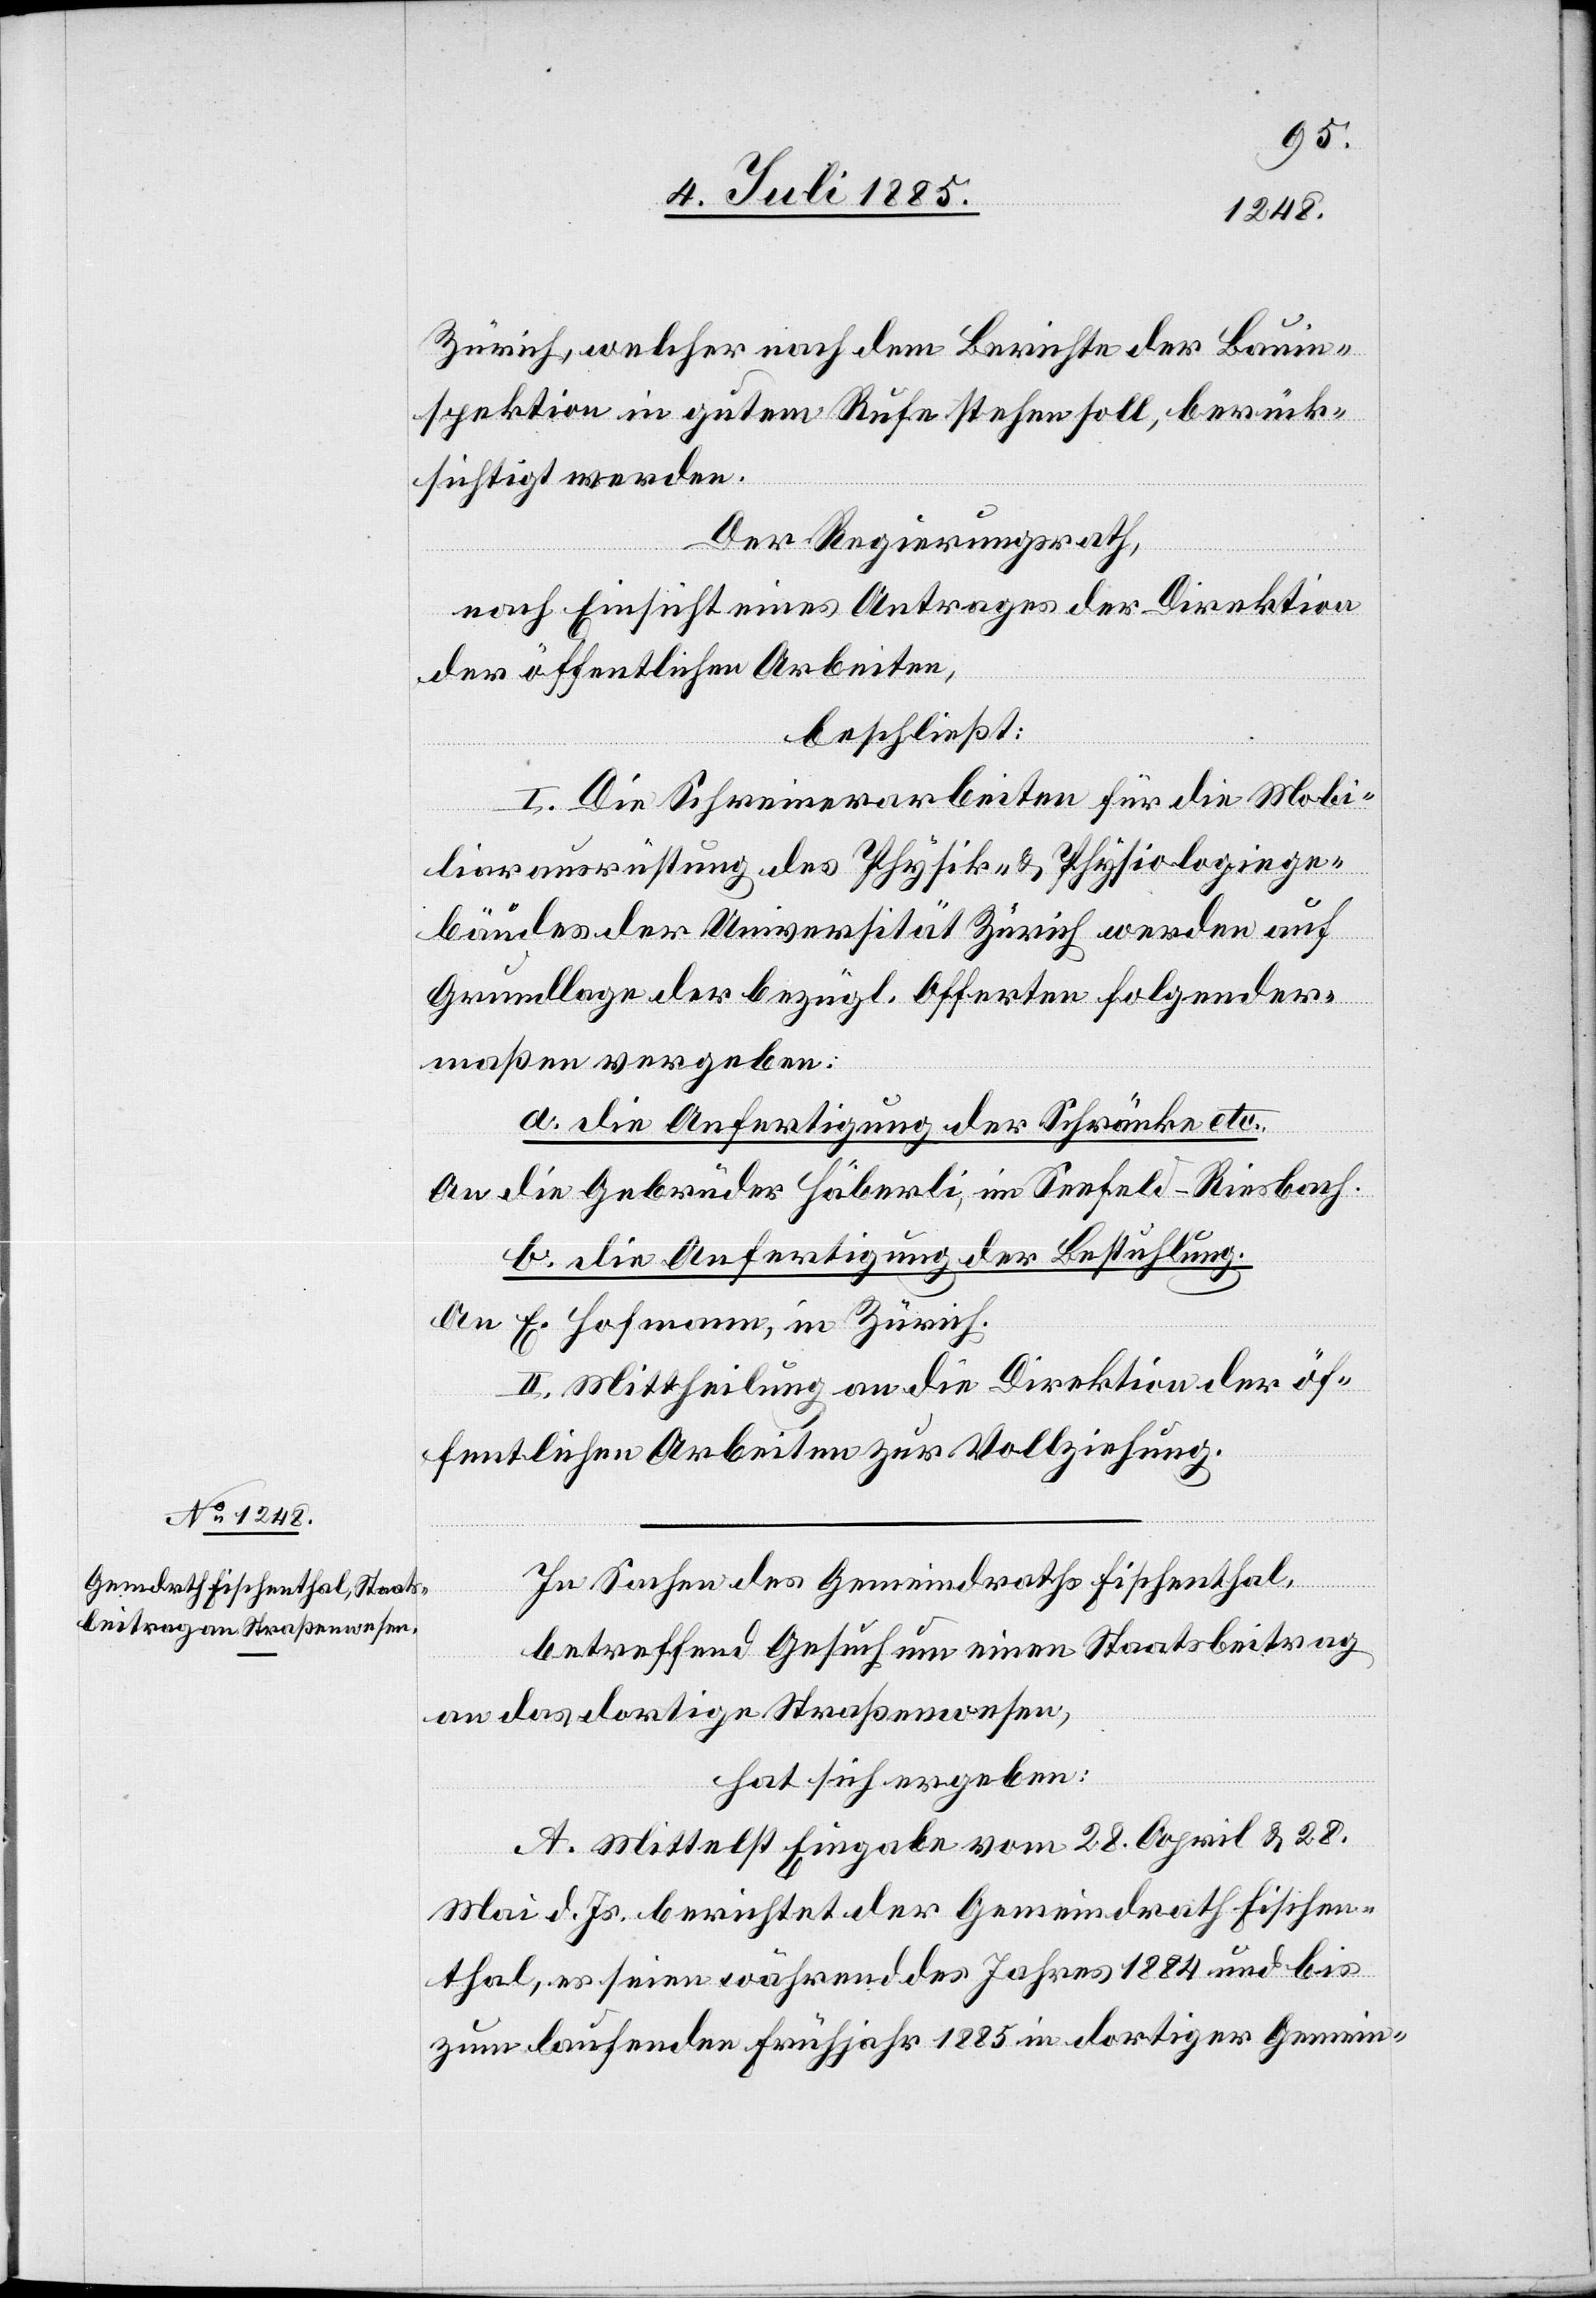
Zürich, welcher nach dem Berichte der Bauin¬
spektion in gutem Rufe stehen soll, berück¬
sichtigt werden.
Der Regierungsrath,
nach Einsicht eines Antrages der Direktion
der öffentlichen Arbeiten,
beschließt:
I. Die Schreinerarbeiten für die Mobi¬
liarausrüstung des Physik- & Physiologiege¬
bäudes der Universität Zürich werden auf
Grundlage der bezügl. Offerten folgender¬
maßen vergeben:
a. die Anfertigung der Schränke etc.
An die Gebrüder Häberli, im Seefeld - Riesbach.
b. die Ausfertigung der Bestuhlung.
An E. Hofmann, in Zürich.
II. Mittheilung an die Direktion der öf¬
fentlichen Arbeiten zur Vollziehung.
In Sachen des Gemeindraths Fischenthal,
betreffend Gesuch um einen Staatsbeitrag
an das dortige Straßenwesen,
hat sich ergeben:
A. Mittelst Eingabe vom 28. April & 28.
Mai d. Js. berichtet der Gemeindrath Fischen¬
thal, es seien während des Jahres 1884 und bis
zum laufenden Frühjahr 1885 in dortiger Gemein-